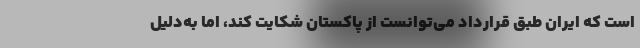
است که ایران طبق قرارداد می‌توانست از پاکستان شکایت کند، اما به‌دلیل